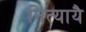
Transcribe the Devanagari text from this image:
नित्यायै